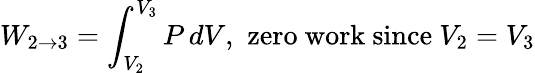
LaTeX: W_{2\to 3}=\int_{V_{2}}^{V_{3}}P\, dV,\, \, {\mathrm{zero~work~since~}}V_{2}=V_{3}